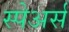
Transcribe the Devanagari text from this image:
स्पेअर्स